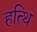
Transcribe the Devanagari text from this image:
हत्थि